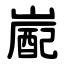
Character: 嶏